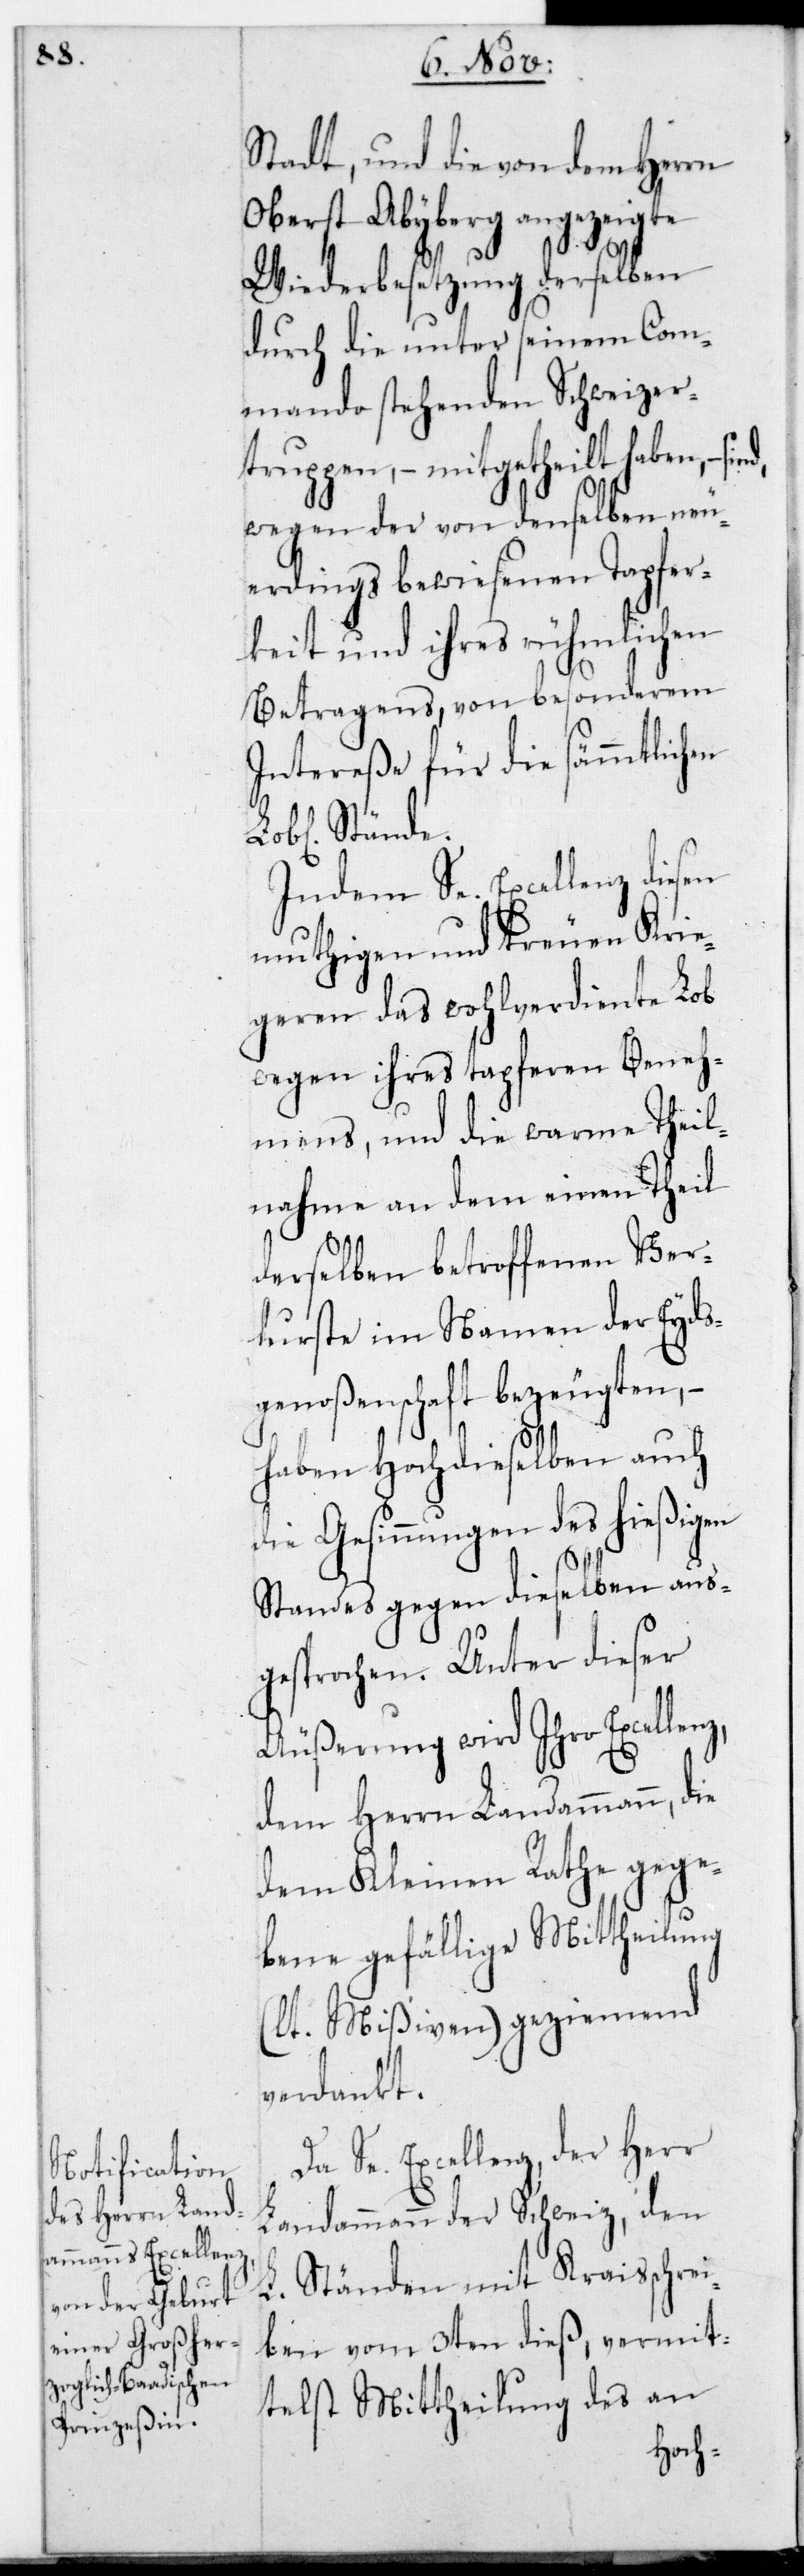
Stadt, und die von dem Herrn
Oberst Abyberg angezeigte
Wiederbesetzung derselben
durch die unter seinem Com¬
mando stehenden Schweizer¬
truppen, – mitgetheilt haben, –
wegen der von denselben neu¬
erdings bewiesenen Tapfer¬
keit und ihres rühmlichen
Betragens, von besonderem
Intereße für die sämmtlichen
L. Stände.
Indem Se. Excellenz diesen
muthigen und treuen Krie¬
geren das wohlverdiente Lob
wegen ihres tapferen Beneh¬
mens, und die warme Theil¬
nahme an dem einen Theil
derselben betroffenen Ver¬
luste im Namen der Eyds¬
genoßenschaft bezeugten, –
haben Hochdieselben auch
die Gesinnungen des hießigen
Standes gegen dieselben aus¬
gesprochen. Unter dieser
Äußerung wird Ihro Excellenz,
dem Herrn Landammann, die
dem Kleinen Rathe gege¬
bene gefällige Mittheilung
(lt. Mißiven) geziemend
verdankt.
Da Se. Excellenz der Herr
Landammann der Schweiz, den
L. Ständen mit Kraisschrei¬
ben vom 3ten dieß, vermit¬
telst Mittheilung des an